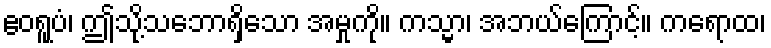
ဧဝရူပံ၊ ဤသို့သဘောရှိသော အမှုကို။ ကသ္မာ၊ အဘယ်ကြောင့်။ ကရောထ၊